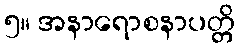
၅။ အနာရောစနာပတ္တိ